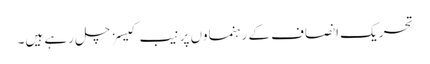
تحریک انصاف کے رہنماوں پر نیب کیسز چل رہے ہیں۔